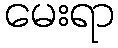
မေးရာ